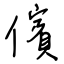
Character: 儐